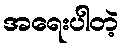
အရေးပါတဲ့